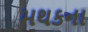
મથકના